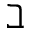
\beth